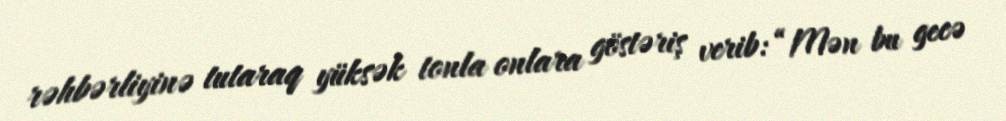
rəhbərliyinə tutaraq yüksək tonla onlara göstəriş verib: “Mən bu gecə